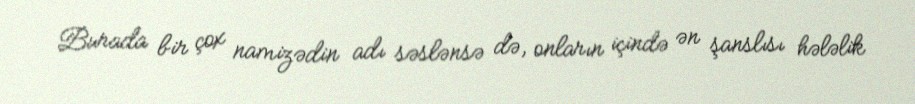
Burada bir çox namizədin adı səslənsə də, onların içində ən şanslısı hələlik